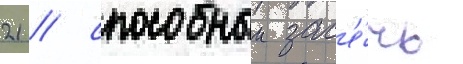
21 / способныи зас'е́чь